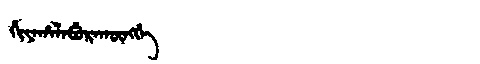
Manchu: ᡥᡳᠶᠠᡥᠠᠯᠠᠪᡠᡵᠠᡴᡡᠩᡤᡝ
Romanization: HIYAHALABURAKŪNGGE